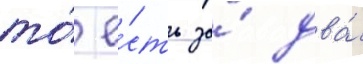
то́ е́сть за́ два́